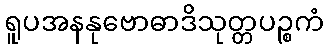
ရူပအနနုဗောဓာဒိသုတ္တပဉ္စကံ